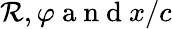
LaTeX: \mathcal{R},\varphi\mathrm{{~a~n~d~}}x/c